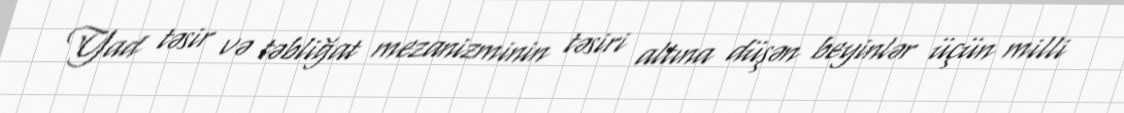
Yad təsir və təbliğat mezanizminin təsiri altına düşən beyinlər üçün milli